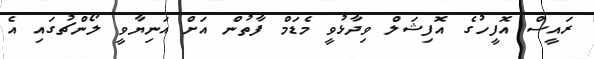
ރައީސް އޮފީހުގެ އޮފިޝަލް ވިދާޅުވީ މެޑަމް ފާތުން އަށް އަނިޔާވީ ލޯންޗުގައި އެ